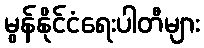
မွန်နိုင်ငံရေးပါတီများ